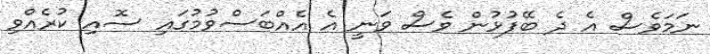
ނަމަވެސް އެ ދެ ބޭފުޅުން ވެސް ވަނީ އެ އެއްބަސްވުމުގައި ސޮއި ކުރެއްވި